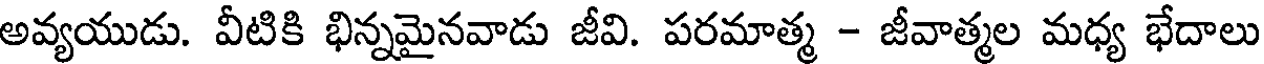
అవ్యయుడు. వీటికి భిన్నమైనవాడు జీవి. పరమాత్మ - జీవాత్మల మధ్య భేదాలు